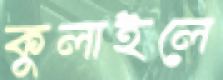
কুলাইলে